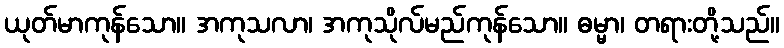
ယုတ်မာကုန်သော။ အကုသလာ၊ အကုသိုလ်မည်ကုန်သော။ ဓမ္မာ၊ တရားတို့သည်။